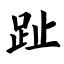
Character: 趾